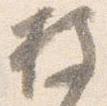
披